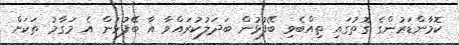
ކޮމާންޑަރުންގެ ގޮތުގައި ތިއްބެވި ބޭފުޅުން ބަދަލުކުރައްވާ އާ ބޭފުޅުން އެ މަގާމު ތަކަށް